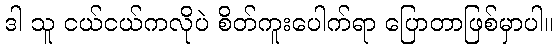
ဒါ သူ ငယ်ငယ်ကလိုပဲ စိတ်ကူးပေါက်ရာ ပြောတာဖြစ်မှာပါ။